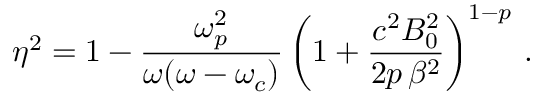
\eta ^ { 2 } = 1 - \frac { \omega _ { p } ^ { 2 } } { \omega ( \omega - \omega _ { c } ) } \left( 1 + \frac { c ^ { 2 } B _ { 0 } ^ { 2 } } { 2 p \, \beta ^ { 2 } } \right) ^ { 1 - p } \, .